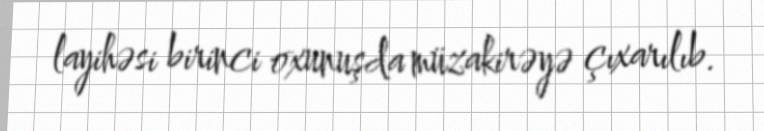
layihəsi birinci oxunuşda müzakirəyə çıxarılıb.